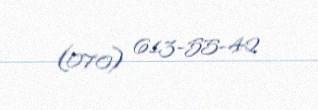
(070) 613-55-42